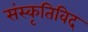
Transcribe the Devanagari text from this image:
संस्कृतिविद